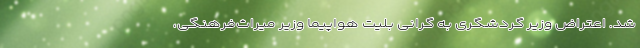
شد. اعتراض وزیر گردشگری به گرانی بلیت هواپیما وزیر میراث‌فرهنگی،